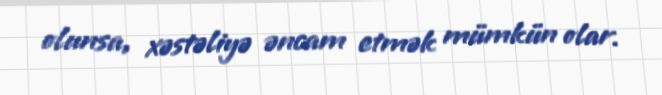
olunsa, xəstəliyə əncam etmək mümkün olar.